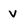
Character: v